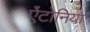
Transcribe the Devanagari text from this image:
ऐंटोनिया